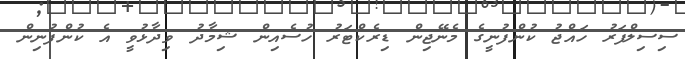
ސިސިލްފަރު ހައްޖު ކުންފުނީގެ މެނޭޖިން ޑިރެކްޓަރު ހުސެއިން ޝިމާދު ވިދާޅުވީ އެ ކުންފުނިން